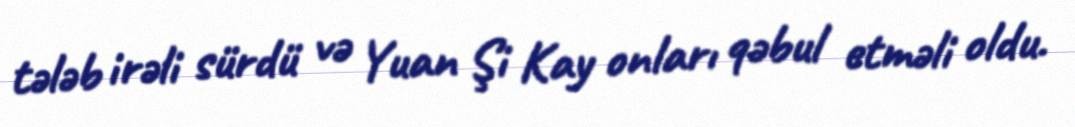
tələb irəli sürdü və Yuan Şi Kay onları qəbul etməli oldu.